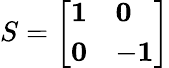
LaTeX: S=\left[\begin{array}{ll}{\mathbf{1}}&{\mathbf{0}}\\ {\mathbf{0}}&{-\mathbf{1}}\end{array}\right]